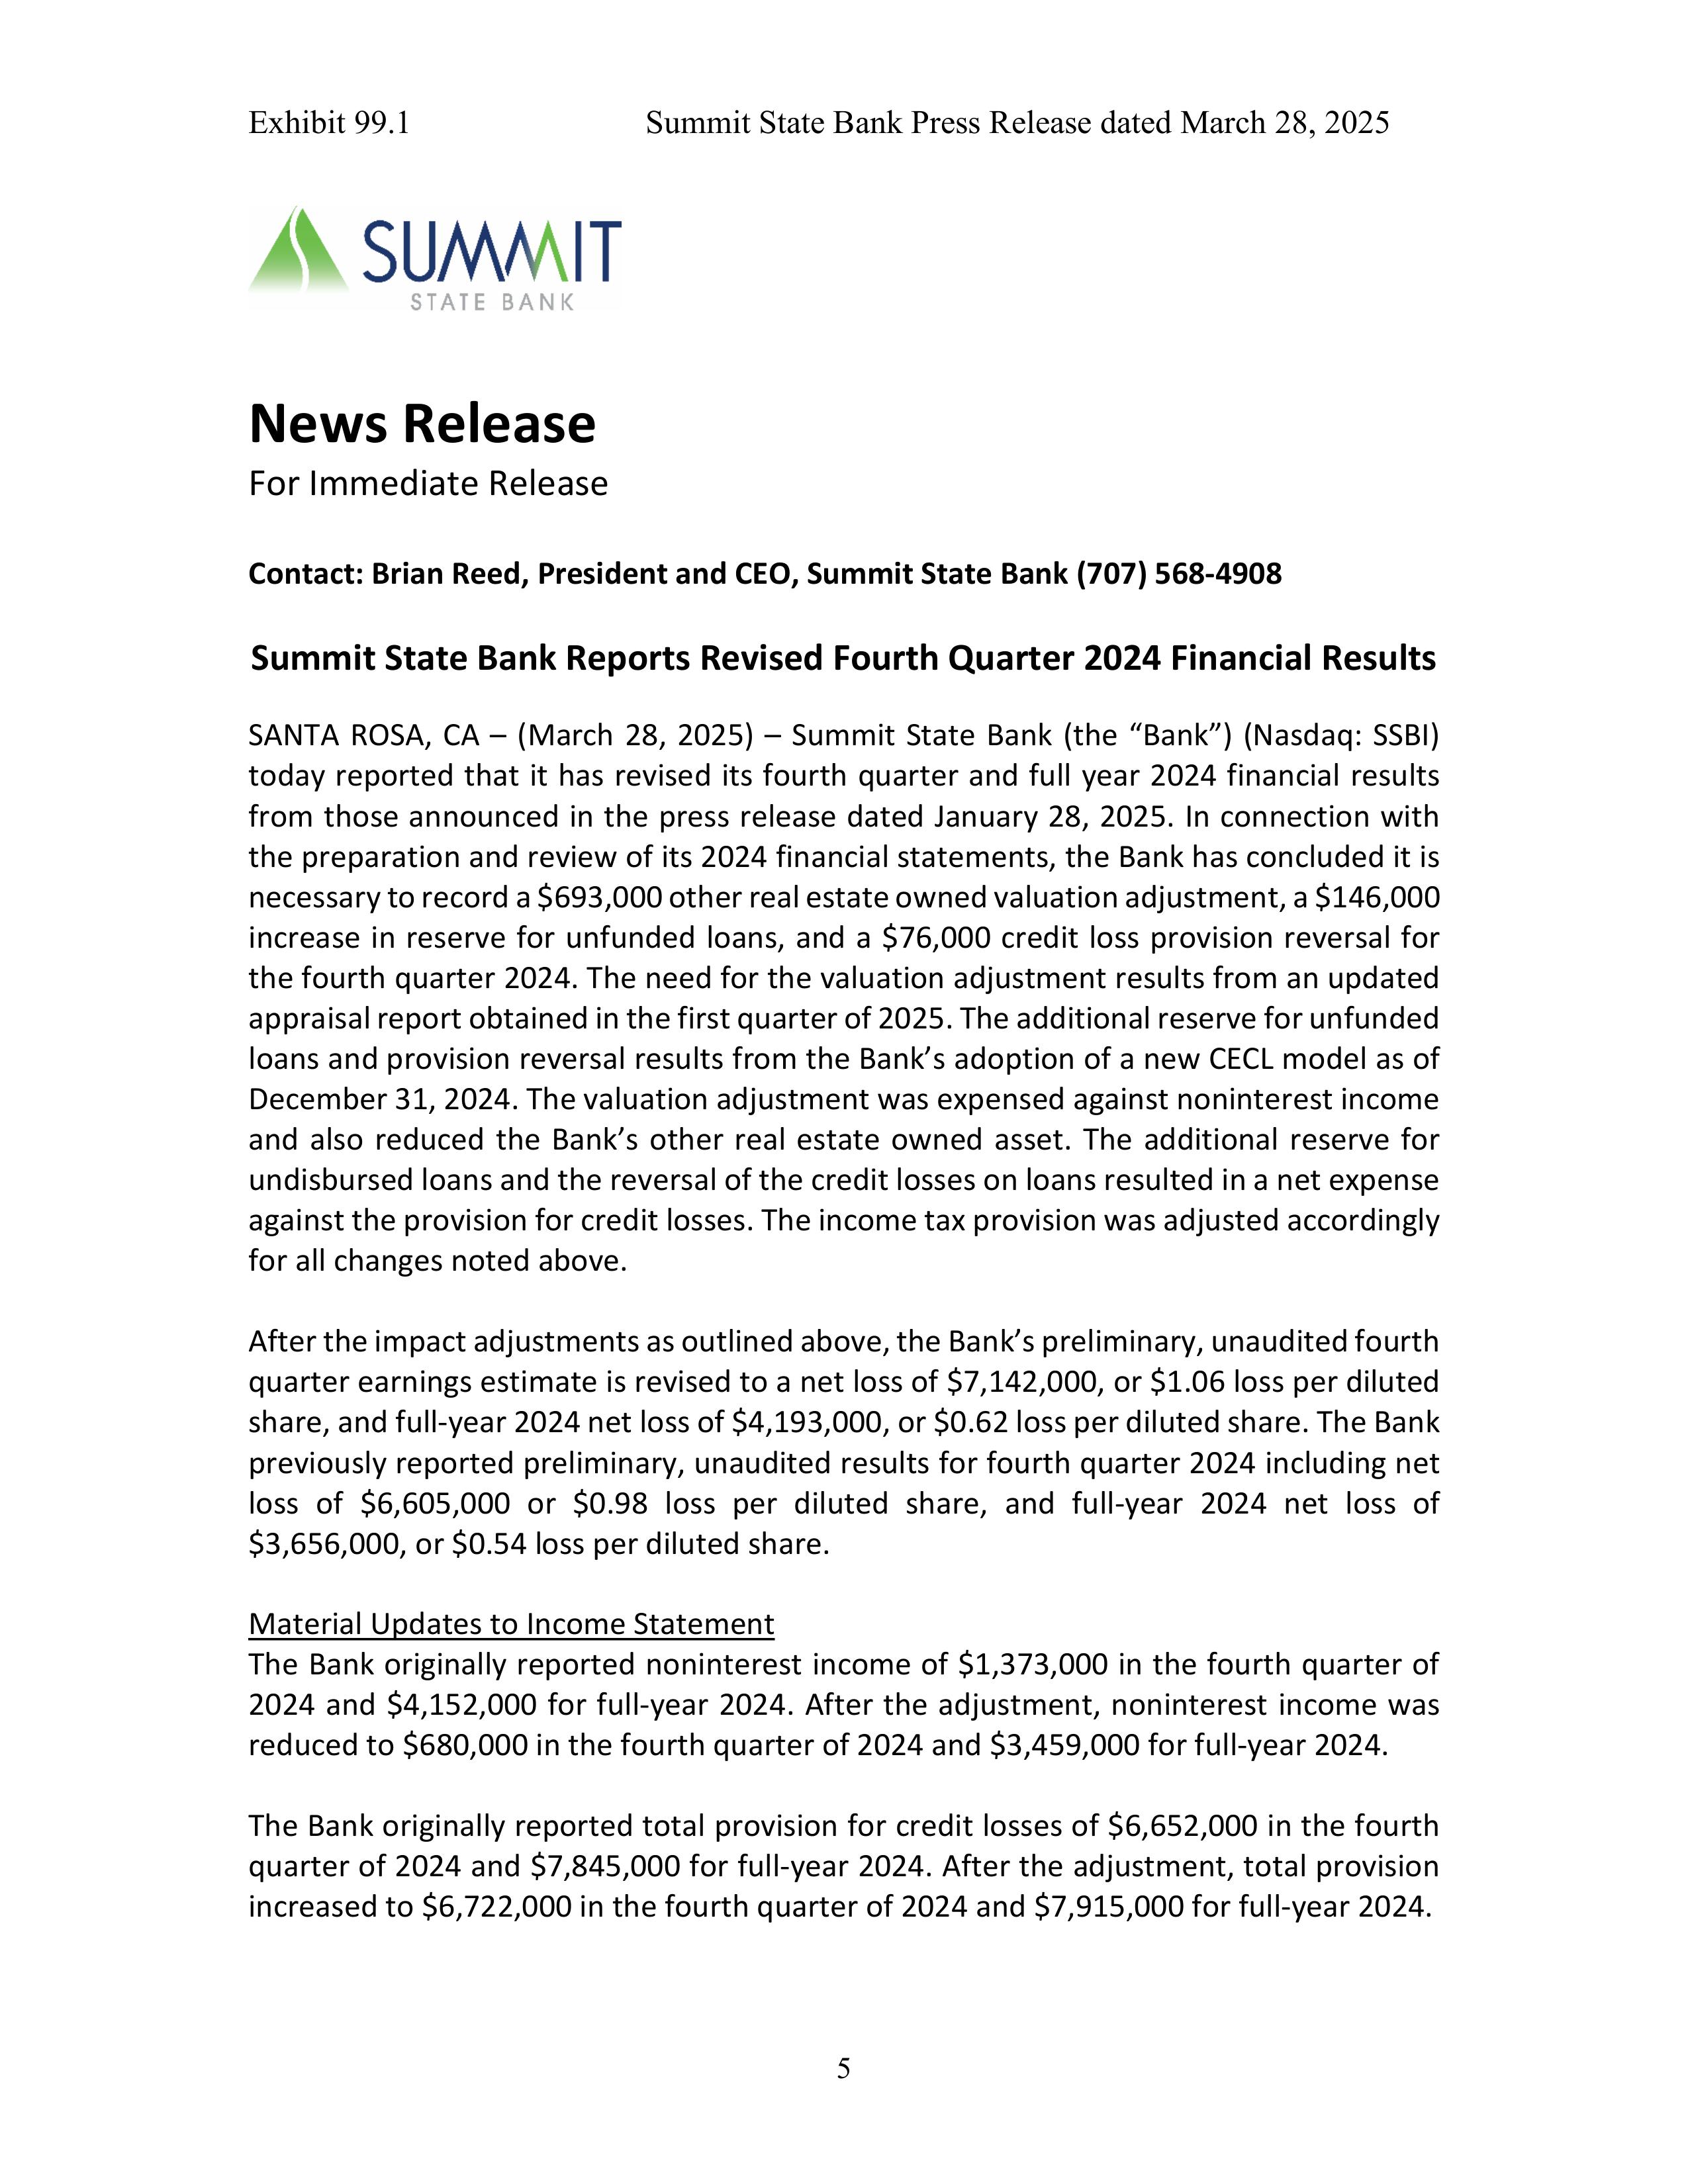
Exhibit 99.1                Summit State Bank Press Release dated March 28, 2025

SUMMIT
STATE BANK

News Release
For Immediate Release

Contact: Brian Reed, President and CEO, Summit State Bank (707) 568-4908

Summit State Bank Reports Revised Fourth Quarter 2024 Financial Results

SANTA ROSA, CA – (March 28, 2025) – Summit State Bank (the “Bank”) (Nasdaq: SSBI)
today reported that it has revised its fourth quarter and full year 2024 financial results
from those announced in the press release dated January 28, 2025. In connection with
the preparation and review of its 2024 financial statements, the Bank has concluded it is
necessary to record a $693,000 other real estate owned valuation adjustment, a $146,000
increase in reserve for unfunded loans, and a $76,000 credit loss provision reversal for
the fourth quarter 2024. The need for the valuation adjustment results from an updated
appraisal report obtained in the first quarter of 2025. The additional reserve for unfunded
loans and provision reversal results from the Bank’s adoption of a new CECL model as of
December 31, 2024. The valuation adjustment was expensed against noninterest income
and also reduced the Bank’s other real estate owned asset. The additional reserve for
undisbursed loans and the reversal of the credit losses on loans resulted in a net expense
against the provision for credit losses. The income tax provision was adjusted accordingly
for all changes noted above.

After the impact adjustments as outlined above, the Bank’s preliminary, unaudited fourth
quarter earnings estimate is revised to a net loss of $7,142,000, or $1.06 loss per diluted
share, and full-year 2024 net loss of $4,193,000, or $0.62 loss per diluted share. The Bank
previously reported preliminary, unaudited results for fourth quarter 2024 including net
loss of $6,605,000 or $0.98 loss per diluted share, and full-year 2024 net loss of
$3,656,000, or $0.54 loss per diluted share.

Material Updates to Income Statement
The Bank originally reported noninterest income of $1,373,000 in the fourth quarter of
2024 and $4,152,000 for full-year 2024. After the adjustment, noninterest income was
reduced to $680,000 in the fourth quarter of 2024 and $3,459,000 for full-year 2024.

The Bank originally reported total provision for credit losses of $6,652,000 in the fourth
quarter of 2024 and $7,845,000 for full-year 2024. After the adjustment, total provision
increased to $6,722,000 in the fourth quarter of 2024 and $7,915,000 for full-year 2024.

5